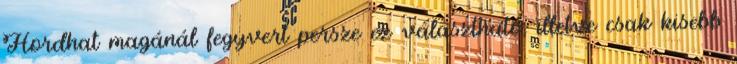
Hordhat magánál fegyvert persze ez választható, illetve csak kisebb